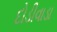
દોડીવાડા